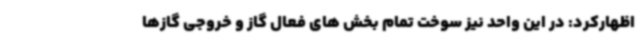
اظهارکرد: در این واحد نیز سوخت تمام بخش های فعال گاز و خروجی گازها